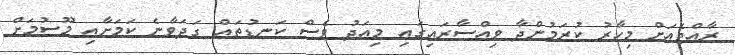
ރާއްޖެއަށް މިހާރު ކުރަމުންދާ ވިއްސާރައިގައި މިއަދު ވެސް ކަނޑުތައް ގަދަވާނެ ކަމަށާއި މޫސުމަށް